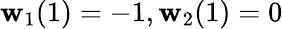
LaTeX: \mathbf{w}_{1}(1)=-1,\mathbf{w}_{2}(1)=0